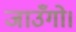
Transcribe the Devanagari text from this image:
जाउँगो।